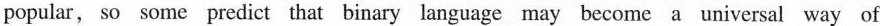
popular, so some predict that binary language may become a universal way of